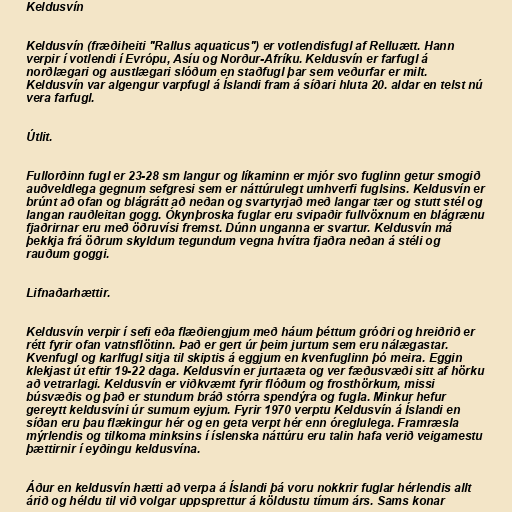
Keldusvín

Keldusvín (fræðiheiti "Rallus aquaticus") er votlendisfugl af Relluætt. Hann
verpir í votlendi í Evrópu, Asíu og Norður-Afríku. Keldusvín er farfugl á
norðlægari og austlægari slóðum en staðfugl þar sem veðurfar er milt.
Keldusvín var algengur varpfugl á Íslandi fram á síðari hluta 20. aldar en telst nú
vera farfugl.

Útlit.

Fullorðinn fugl er 23-28 sm langur og líkaminn er mjór svo fuglinn getur smogið
auðveldlega gegnum sefgresi sem er náttúrulegt umhverfi fuglsins. Keldusvín er
brúnt að ofan og blágrátt að neðan og svartyrjað með langar tær og stutt stél og
langan rauðleitan gogg. Ókynþroska fuglar eru svipaðir fullvöxnum en blágrænu
fjaðrirnar eru með öðruvísi fremst. Dúnn unganna er svartur. Keldusvín má
þekkja frá öðrum skyldum tegundum vegna hvítra fjaðra neðan á stéli og
rauðum goggi.

Lifnaðarhættir.

Keldusvín verpir í sefi eða flæðiengjum með háum þéttum gróðri og hreiðrið er
rétt fyrir ofan vatnsflötinn. Það er gert úr þeim jurtum sem eru nálægastar.
Kvenfugl og karlfugl sitja til skiptis á eggjum en kvenfuglinn þó meira. Eggin
klekjast út eftir 19-22 daga. Keldusvín er jurtaæta og ver fæðusvæði sitt af hörku
að vetrarlagi. Keldusvín er viðkvæmt fyrir flóðum og frosthörkum, missi
búsvæðis og það er stundum bráð stórra spendýra og fugla. Minkur hefur
gereytt keldusvíni úr sumum eyjum. Fyrir 1970 verptu Keldusvín á Íslandi en
síðan eru þau flækingur hér og en geta verpt hér enn óreglu­lega. Fram­ræsla
mýrlendis og tilkoma minksins í ís­lenska nátt­úru eru tal­in hafa verið veiga­mestu
þætt­irn­ir í eyðingu keldu­svína.

Áður en keldusvín hætti að verpa á Íslandi þá voru nokkrir fuglar hérlendis allt
árið og héldu til við volgar uppsprettur á köldustu tímum árs. Sams konar